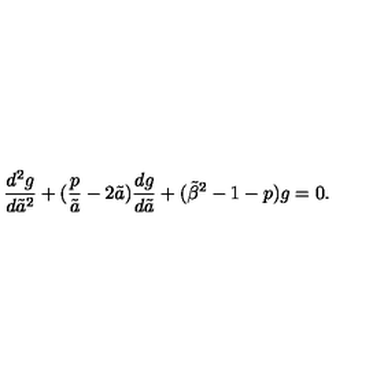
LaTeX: { \frac { d ^ { 2 } g } { d { \tilde { a } } ^ { 2 } } } + ( { \frac { p } { \tilde { a } } } - 2 \tilde { a } ) { \frac { d g } { d \tilde { a } } } + ( { \tilde { \beta } } ^ { 2 } - 1 - p ) g = 0 .